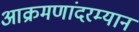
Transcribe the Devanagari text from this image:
आक्रमणांदरम्यान